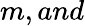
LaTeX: m,and